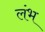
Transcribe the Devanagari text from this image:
लंभ